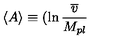
\left\langle A \right\rangle \equiv ( \ln \frac { \overline { { v } } } { M _ { p l } }